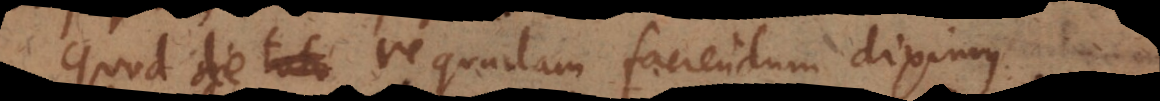
toto de re quadam faciendum diximus